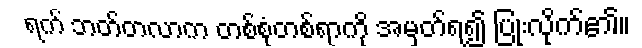
ရက် ဘတ်တလာက တစ်စုံတစ်ရာကို အမှတ်ရ၍ ပြုံးလိုက်၏။